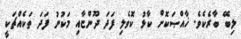
ލިބޭ ބާރެކެވެ. ޚާއްޞަކޮށް ކާޅު ކޮވެލި ފަދަ ދޫންޏާއި މަކުނު ފަދަ ތަކެއްޗަކީ